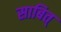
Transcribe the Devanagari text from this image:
साबित्